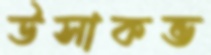
উসাকভ